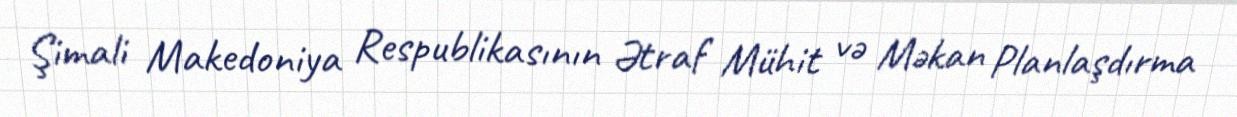
Şimali Makedoniya Respublikasının Ətraf Mühit və Məkan Planlaşdırma